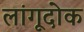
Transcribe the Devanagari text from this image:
लांगूदोक